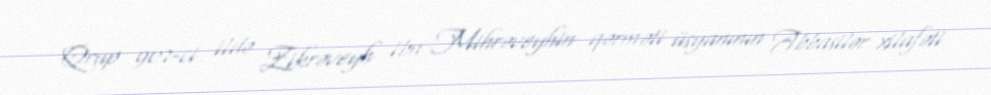
Qrup 907-ci ildə Zikrəveyh ibn Mihrəveyhin qərməti üsyanının Abbasilər xilafəti